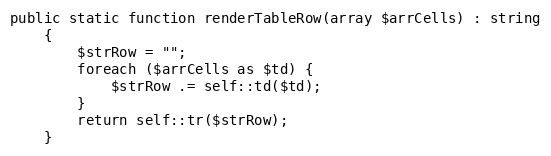
Language: PHP
public static function renderTableRow(array $arrCells) : string
    {
        $strRow = "";
        foreach ($arrCells as $td) {
            $strRow .= self::td($td);
        }
        return self::tr($strRow);
    }